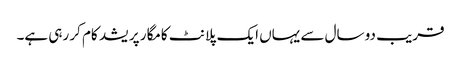
قریب دو سال سے یہاں ایک پلانٹ کامگار پریشد کام کر رہی ہے۔